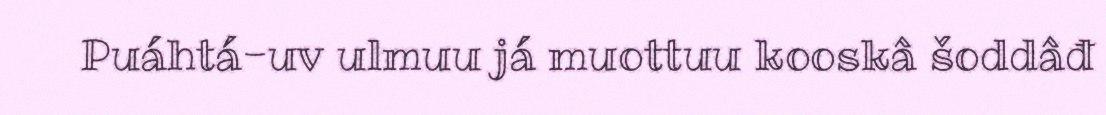
Puáhtá-uv ulmuu já muottuu kooskâ šoddâđ